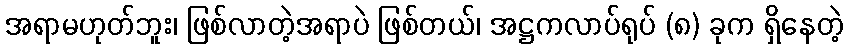
အရာမဟုတ်ဘူး၊ ဖြစ်လာတဲ့အရာပဲ ဖြစ်တယ်၊ အဋ္ဌကလာပ်ရုပ် (၈) ခုက ရှိနေတဲ့